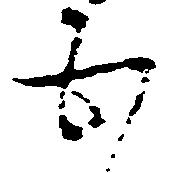
五